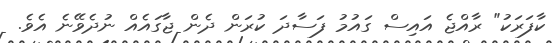
ކާފަރަކު" ރާއްޖެ އައިސް ގައުމު ފަސާދަ ކުރަން ދެން ޖާގައެއް ނުދެވޭނެ އެވެ.